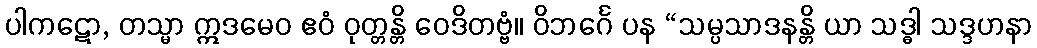
ပါကဋော, တသ္မာ ဣဒမေဝ ဧဝံ ဝုတ္တန္တိ ဝေဒိတဗ္ဗံ။ ဝိဘင်္ဂေ ပန “သမ္ပသာဒနန္တိ ယာ သဒ္ဓါ သဒ္ဒဟနာ